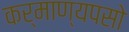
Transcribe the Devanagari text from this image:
कर्माण्यपसो